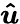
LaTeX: \boldsymbol{\hat{u}}